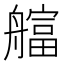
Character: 䒇